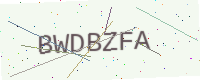
Text: BWDBZFA